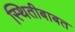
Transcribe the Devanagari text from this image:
स्थितीबाबत